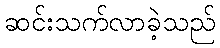
ဆင်းသက်လာခဲ့သည်